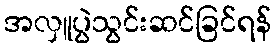
အလှူပွဲသွင်းဆင်ခြင်ရန်